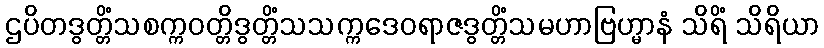
ဌပိတဒွတ္တိံသစက္ကဝတ္တိဒွတ္တိံသသက္ကဒေဝရာဇဒွတ္တိံသမဟာဗြဟ္မာနံ သိရိံ သိရိယာ